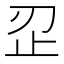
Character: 𰙜